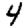
Digit: 4